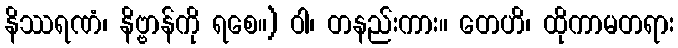
နိဿရဏံ၊ နိဗ္ဗာန်ကို ရစေ။) ဝါ၊ တနည်းကား။ တေဟိ၊ ထိုကာမတရား